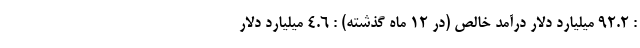
: ۹۲.۲ میلیارد دلار درآمد خالص (در ۱۲ ماه گذشته) : ۴.۶ میلیارد دلار